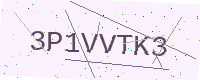
Text: 3P1VVTK3